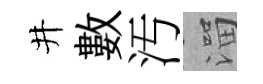
井數汚溜